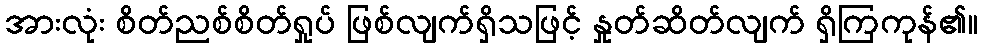
အားလုံး စိတ်ညစ်စိတ်ရှုပ် ဖြစ်လျက်ရှိသဖြင့် နှုတ်ဆိတ်လျက် ရှိကြကုန်၏။